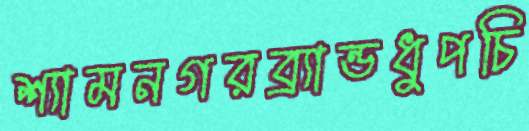
শ্যামনগরব্র্যান্ডধুপচি